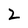
Character: 2